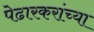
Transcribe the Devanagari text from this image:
पेढारकरांच्या